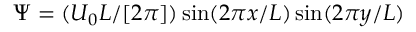
\Psi = ( U _ { 0 } L / [ 2 \pi ] ) \sin ( 2 \pi x / L ) \sin ( 2 \pi y / L )